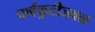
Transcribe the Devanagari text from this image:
पर्णकुटीजवळ